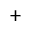
^ { + }